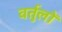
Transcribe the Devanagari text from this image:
वर्तुलों